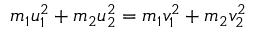
m _ { 1 } u _ { 1 } ^ { 2 } + m _ { 2 } u _ { 2 } ^ { 2 } = m _ { 1 } v _ { 1 } ^ { 2 } + m _ { 2 } v _ { 2 } ^ { 2 } \,